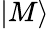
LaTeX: \left|M\right>